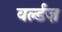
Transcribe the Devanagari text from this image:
वर्ल्डज़